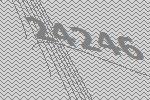
24246